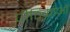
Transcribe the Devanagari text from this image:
पीठिकाओं